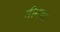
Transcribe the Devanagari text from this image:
तीनचा